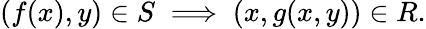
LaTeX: (f(x),y)\in S\implies(x,g(x,y))\in R.